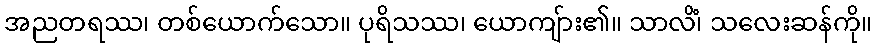
အညတရဿ၊ တစ်ယောက်သော။ ပုရိသဿ၊ ယောကျ်ား၏။ သာလိံ၊ သလေးဆန်ကို။